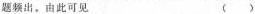
题频出。由此可见 ( )